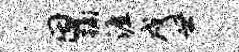
因蹶涯戍世